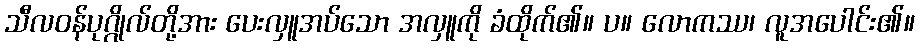
သီလဝန်ပုဂ္ဂိုလ်တို့အား ပေးလှူအပ်သော အလှူကို ခံထိုက်၏။ ပ။ လောကဿ၊ လူအပေါင်း၏။